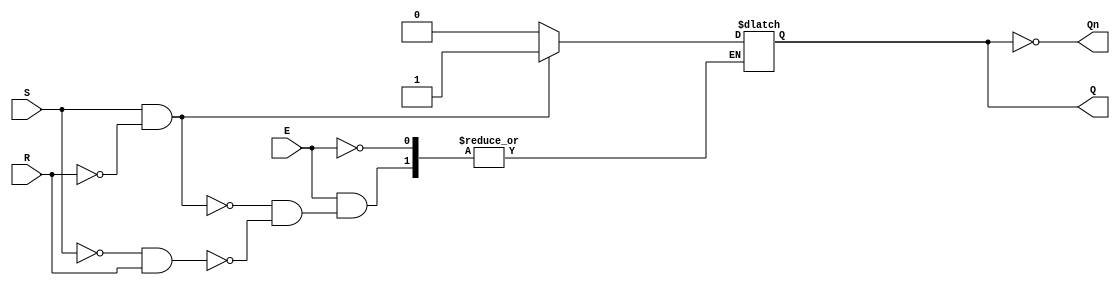
module GatedSRLatch (
    input wire S,      // Set input
    input wire R,      // Reset input
    input wire E,      // Enable input
    output reg Q,      // Output Q
    output wire Qn     // Complementary output (not Q)
);

    assign Qn = ~Q; // Complement of Q

    always @ (S, R, E) begin
        if (E) begin
            if (S && ~R) begin
                Q <= 1'b1; // Set Q to high
            end else if (~S && R) begin
                Q <= 1'b0; // Reset Q to low
            end else if (S && R) begin
                // Indeterminate state (not recommended)
                // You may want to handle this case explicitly
            end
            // If both S and R are low, maintain the current state
        end
        // If E is low, do nothing (hold the state)
    end

endmodule